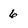
Character: 6